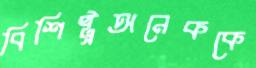
বিশিষ্ট্রঅনেককে